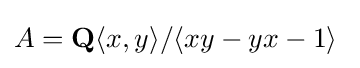
A=\mathbf {Q} {\langle x,y\rangle }/\langle xy-yx-1\rangle \